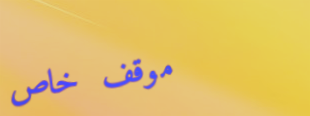
موقف خاص